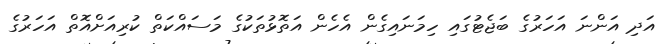
އަދި އަންނަ އަހަރުގެ ބަޖެޓުގައި ހިމަނައިގެން އެހެން އަތޮޅުތަކުގެ މަސައްކަތް ކުރިއަށްއޮތް އަހަރުގެ